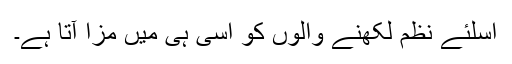
اسلئے نظم لکھنے والوں کو اسی ہی میں مزا آتا ہے۔